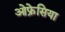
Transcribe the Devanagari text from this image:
ओफ्रेसिया